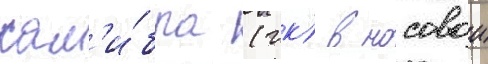
кал'и́бра (гк) в носовои